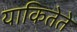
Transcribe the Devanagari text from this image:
याकितेते